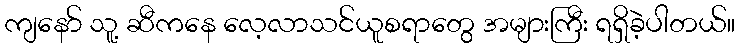
ကျနော် သူ့ ဆီကနေ လေ့လာသင်ယူစရာတွေ အများကြီး ရရှိခဲ့ပါတယ်။